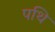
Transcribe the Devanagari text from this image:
पथि